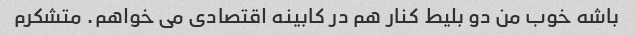
باشه خوب من دو بلیط کنار هم در کابینه اقتصادی می خواهم. متشکرم